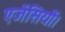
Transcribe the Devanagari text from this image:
एजेंसियों।